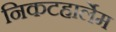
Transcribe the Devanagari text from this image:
निकटहार्लेम